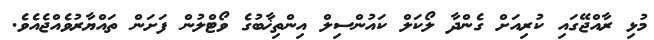
މުޅި ރާއްޖޭގައި ކުރިއަށް ގެންދާ ލޯކަލް ކައުންސިލް އިންތިޚާބުގެ ވޯޓްލުން ފަށަން ތައްޔާރުވެއްޖެއެވެ.